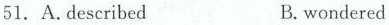
51. A.described B.wondered